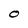
Character: O